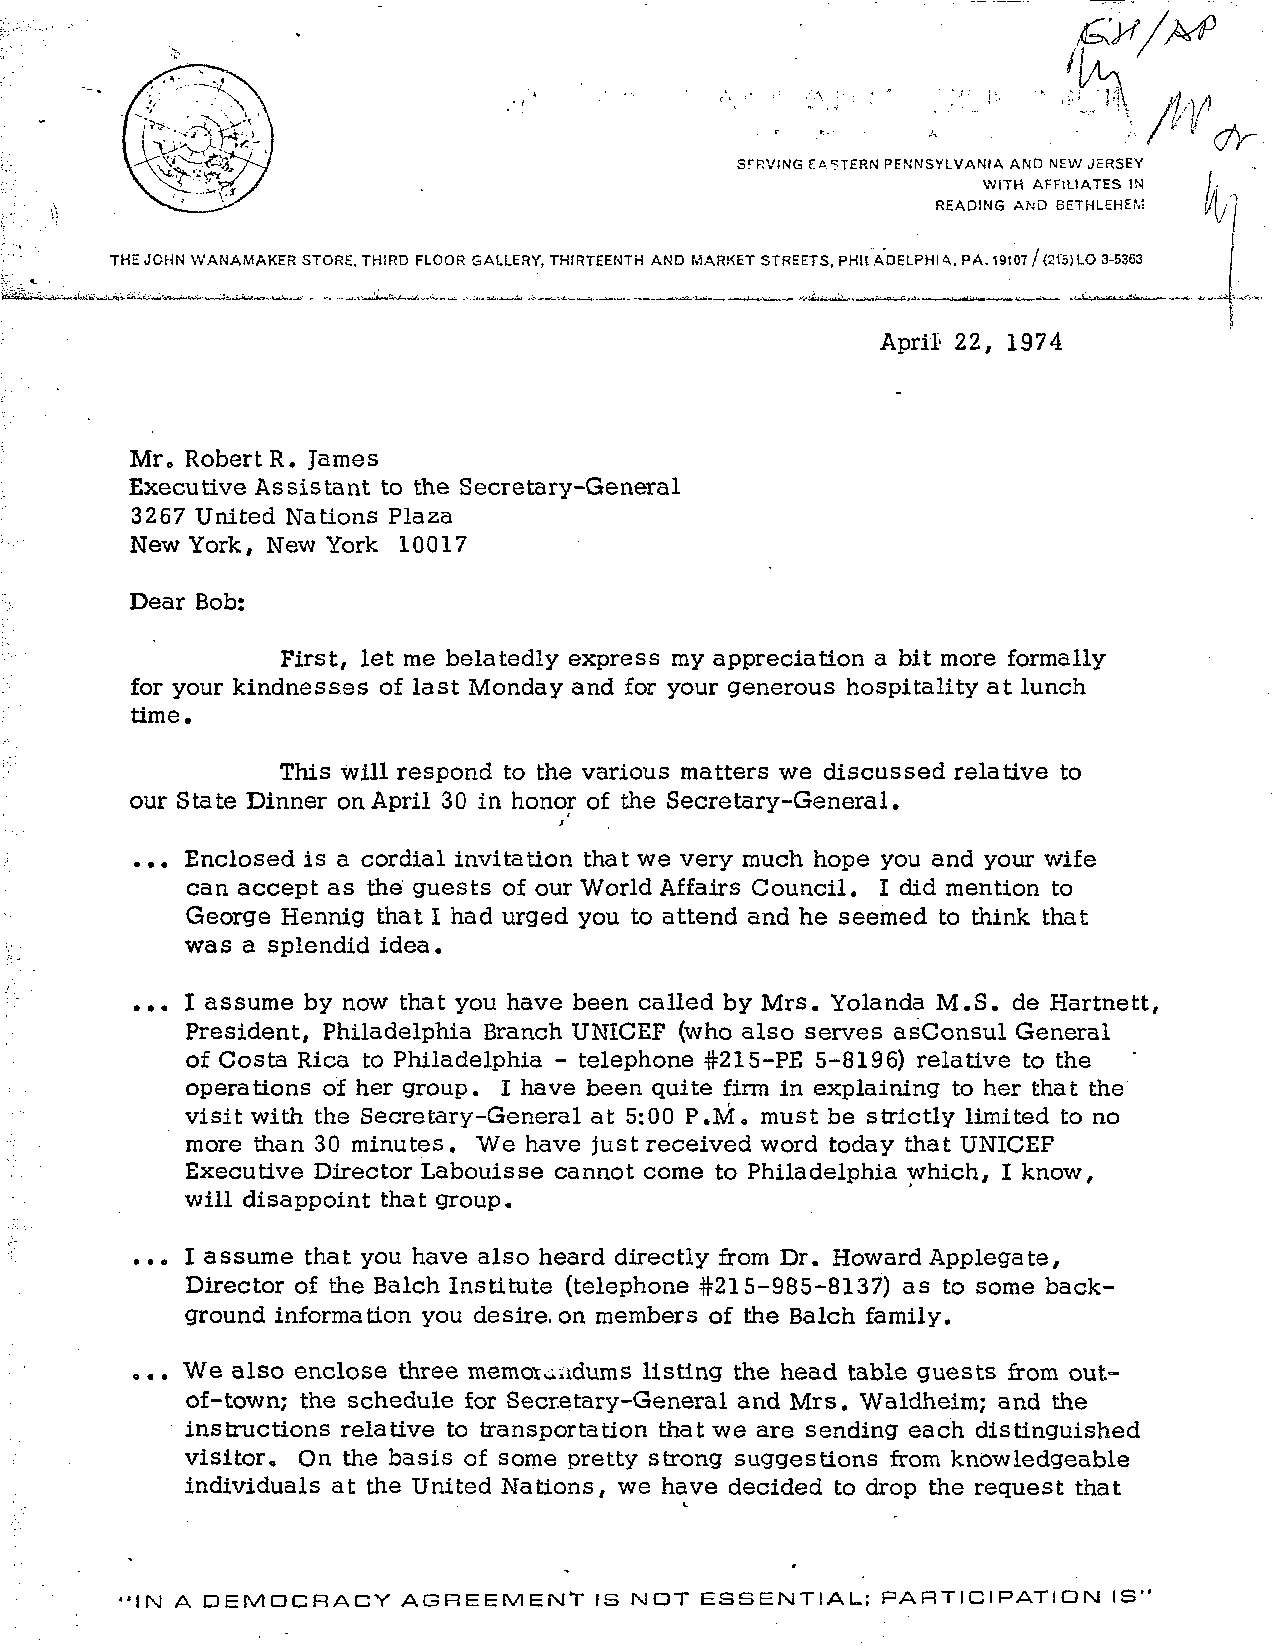
/
 SFRVING PATTERN PENNSYLVANIA AND NEW JERSEY
 WITH AFFILIATES IN
 READING AND BETHLEHEM
 THE JOHN WANAMAKER STORE. THIRD FLOOR GALLERY, THIRTEENTH AND MARKET STREETS, PHIl ADELPHI <\. PA. 19107 / (215) LO 3-5363
 April- 22, 1974
 Mr, Robert R. James
 Executive Assistant to the Secretary-General
 3267 United Nations Plaza
 New York, New York 10017
 Dear Bob:
 First, let me belatedly express my appreciation a bit more formally
 for your kindnesses of last Monday and for your generous hospitality at lunch
 time.
 This will respond to the various matters we discussed relative to
 our State Dinner on April 30 in honor of the Secretary-General.
 j
 ... Enclosed is a cordial invitation that we very much hope you and your wife
 can accept as the guests of our World Affairs Council. I did mention to
 George Hennig that I had urged you to attend and he seemed to think that
 was a splendid idea.
 ... I assume by now that you have been called by Mrs. Yolanda M.S. de Hartnett,
 President, Philadelphia Branch UNICEF (who also serves asConsul General
 of Costa Rica to Philadelphia - telephone #215-PE 5-8196) relative to the
 operations of her group. I have been quite firm in explaining to her that the
 visit with the Secretary-General at 5:00 P.M. must be strictly limited to no
 more than 30 minutes. We have just received word today that UNICEF
 Executive Director Labouisse cannot come to Philadelphia which, I know,
 will disappoint that group.
 ... I assume that you have also heard directly from Dr. Howard Applegate,
 Director of the Balch Institute (telephone #215-985-8137) as to some back-
 ground information you desire, on members of the Balch family.
 ... We also enclose three memot^udums listing the head table guests from out-
 of-town; the schedule for Secretary-General and Mrs. Waldheim; and the
 instructions relative to transportation that we are sending each distinguished
 visitor. On the basis of some pretty strong suggestions from knowledgeable
 individuals at the United Nations, we have decided to drop the request that
 •IN A DEMOCRACY   AGREEMENT    IS NOT ESSENTIAL;  PARTICIPATION  IS"